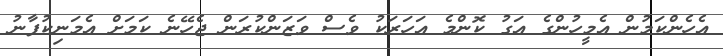
އެހެންކަމުން އެމީހުންގެ އަގު ކޮންމެ އަހަރަކު ވެސް ވަޒަންކުރަން ޖެހޭނެ ކަމަށް އެމަނިކުފާނު